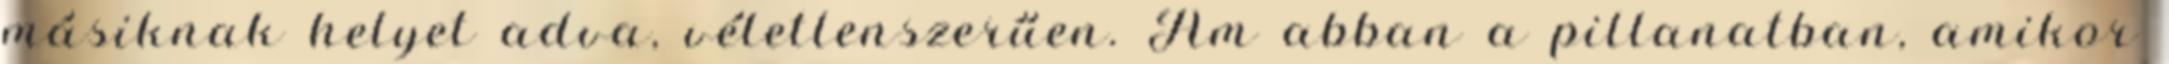
másiknak helyet adva, véletlenszerűen. Ám abban a pillanatban, amikor